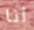
أنا